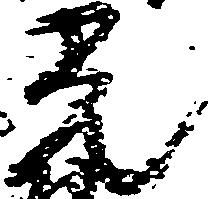
光